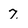
Character: 7